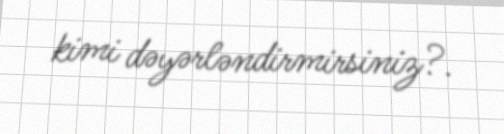
kimi dəyərləndirmirsiniz?.